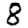
Digit: 8